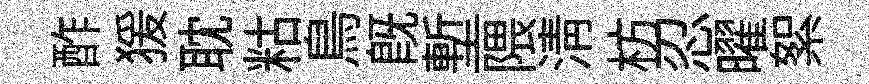
酢猨耽䊀鳥既塹隈淸枋忍曜絮